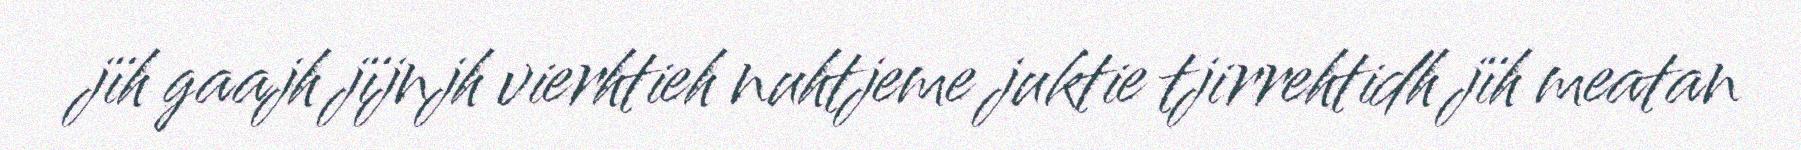
jïh gaajh jïjnjh vierhtieh nuhtjeme juktie tjirrehtidh jïh meatan